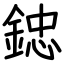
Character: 𨨩